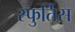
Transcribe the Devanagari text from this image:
स्फुर्तिस